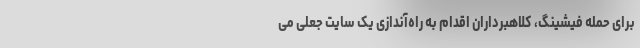
برای حمله فیشینگ، کلاهبرداران اقدام به راه‌آندازی یک سایت جعلی می